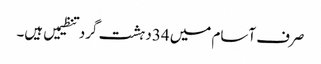
صرف آسام میں 34دہشت گرد تنظیمیں ہیں۔